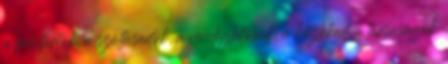
a fenntartók, a szállásadók, a vendéglátósok, a közlekedési társaságok